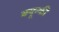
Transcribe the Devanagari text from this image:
क्यून्की